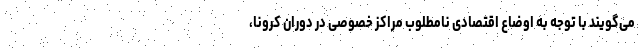
می‌گویند با توجه به اوضاع اقتصادی نامطلوب مراکز خصوصی در دوران کرونا،